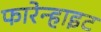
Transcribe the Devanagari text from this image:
फारेन्हाइट